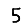
Digit: 5